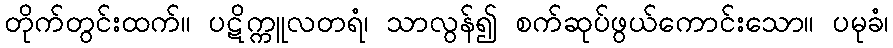
တိုက်တွင်းထက်။ ပဋိက္ကူလတရံ၊ သာလွန်၍ စက်ဆုပ်ဖွယ်ကောင်းသော။ ပမုခံ၊